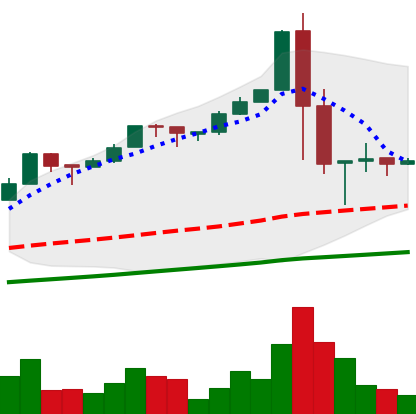
Ticker: BTC-USD
Chart end date: 2017-01-10
Forward return: -9.462%
Label: down_7plus